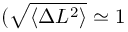
( \sqrt { \langle \Delta L ^ { 2 } \rangle } \simeq 1